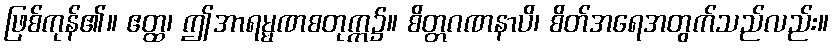
ဖြစ်ကုန်၏။ ဧတ္ထ၊ ဤအာရမ္မဏစတုက္က၌။ စိတ္တဂဏနာပိ၊ စိတ်အရေအတွက်သည်လည်း။